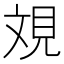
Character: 𣁐